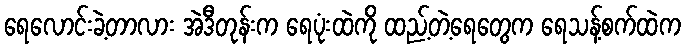
ရေလောင်းခဲ့တာလား အဲဒီတုန်းက ရေပုံးထဲကို ထည့်တဲ့ရေတွေက ရေသန့်စက်ထဲက